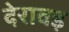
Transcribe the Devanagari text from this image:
देरावड़